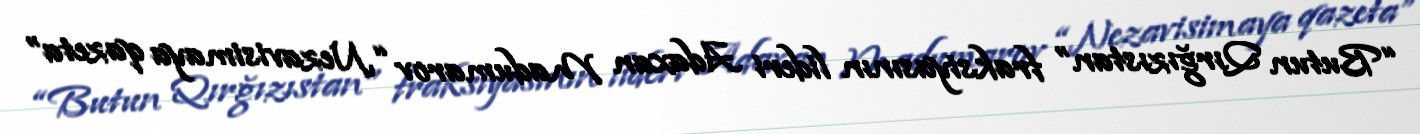
“Butun Qırğızıstan” fraksiyasının lideri Adaxan Madumarov “Nezavisimaya qazeta”